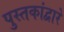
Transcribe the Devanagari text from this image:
पुस्तकांद्वारे